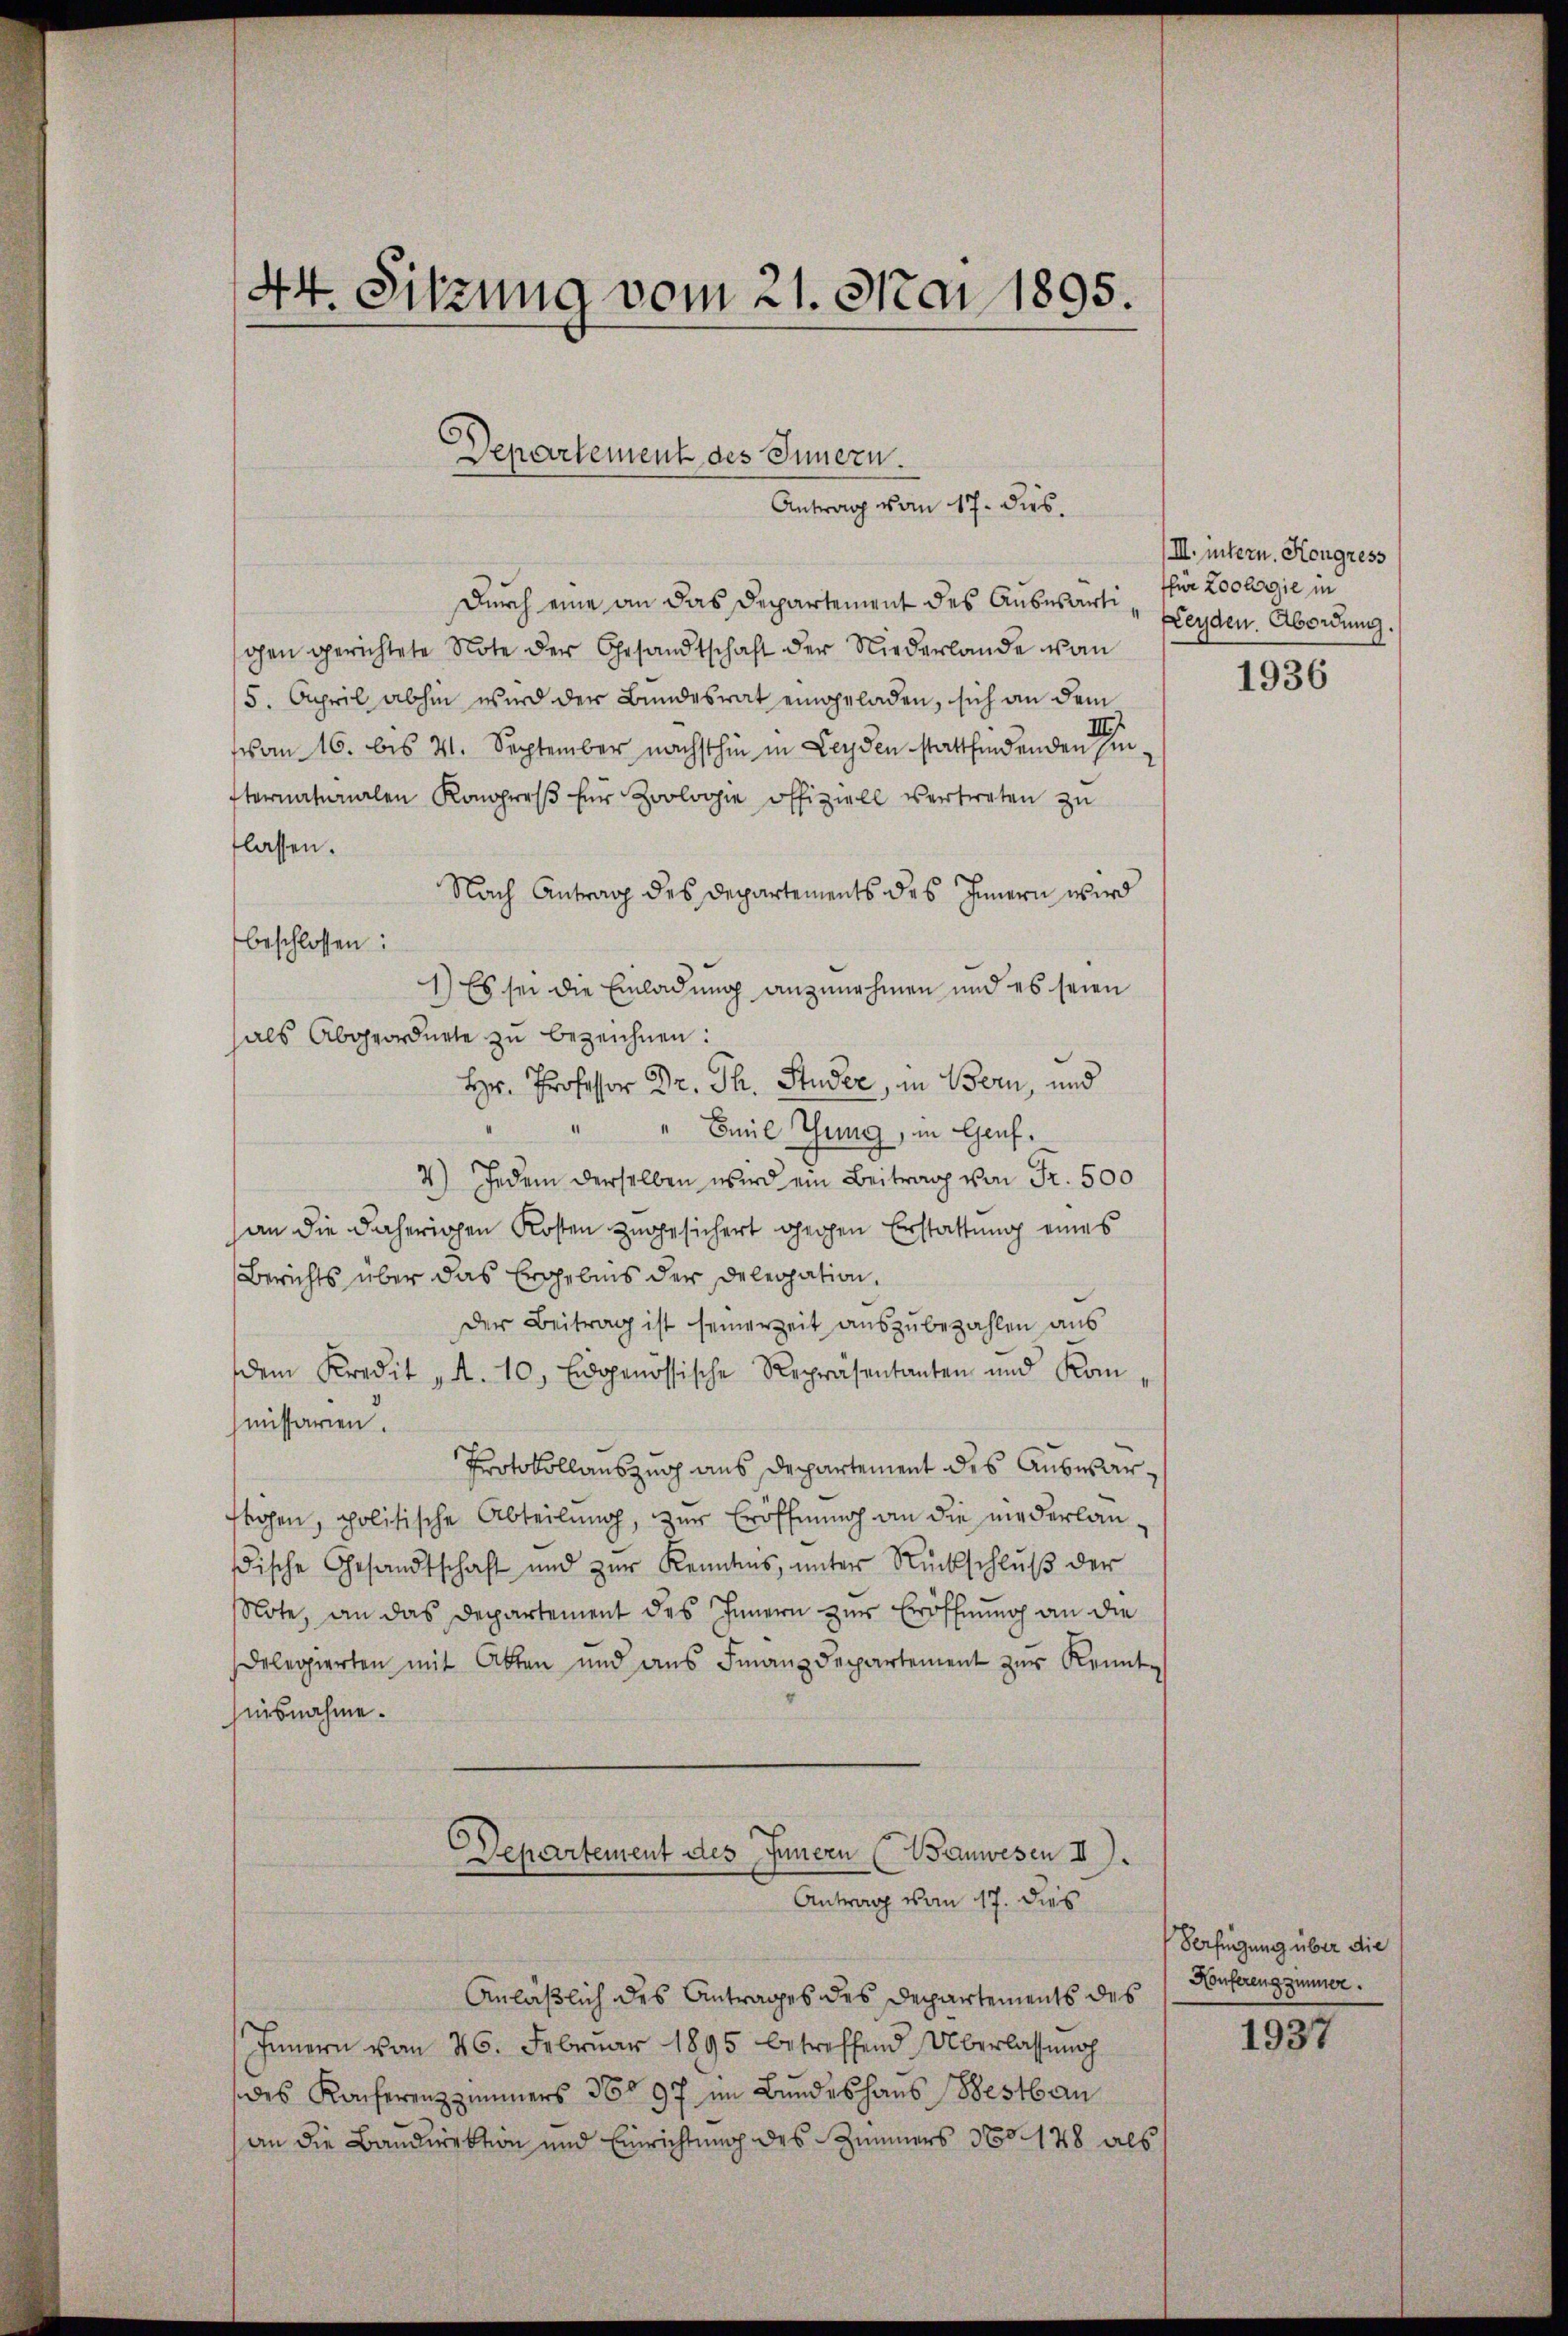
44. Sitzung vom 21. Mai 1895.

Departement des Innern.
Antrag vom 17. ds.

Durch eine an das Departement des Auswärtigen gerichtete Note der Gesandtschaft der Niederlande von
5. April abhin wird der Bundesrat eingeladen, sich an dem
von 16. bis 21. September nächsthin in Leyden stattfindenden Geternaturalen Kongreß für Zoologie offiziell vertreten zu
flassen.
Nach Antrag des Departements des Innern wird
beschlossen:
1) Es sei die Einladung anzunehmen und es seien
als Abgeordnete zu bezeichnen:
Hr. Professor Dr. Th. Studer, in Bern, und
Emil Thung, in Genf.
4) Jedem derselben wird ein Beitrag von Fr. 500
an die daherigen Kosten zugesichert gegen Erstattung eines
Berichts über das Ergebnis der Delegation,
Der Beitrag ist seinerzeit auszubezahlen aus
dem Kredit „A. 10. Eidgenössische Repräsentanten und Kom-
missarien.
Protokollauszug aus Departement des Auswarfegen, politische Abteilung, zur Eröffnung an die niederlandische Gesandtschaft und zŭr Kenntnis, unter Rückschlŭβ der
Note, an das Departement des Innern zur Eröffnung an die
sdelegierten mit Akten und ans Finanzdepartement zŭr Konnte
husnahme.
Departement des Innern (Wanwesen II).
Antrag vom 17. dies
Anläßlich des Antrages des Departements des
Innern vom 26. Febrŭar 1895 betreffend Überlassung
des Konferenzzimmers 360 97 im Bundeshaus Bestbau
an die Bandirektion und Einrichtung des Zimmers No 128 als

/III. intern. Kongress
ffür Zoologie in
Fenden. Abordung.

1936

Verfügung über die
Anferengzimmer.

1937